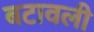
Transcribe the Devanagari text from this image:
बटावली